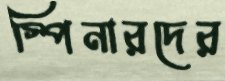
স্পিনারদের